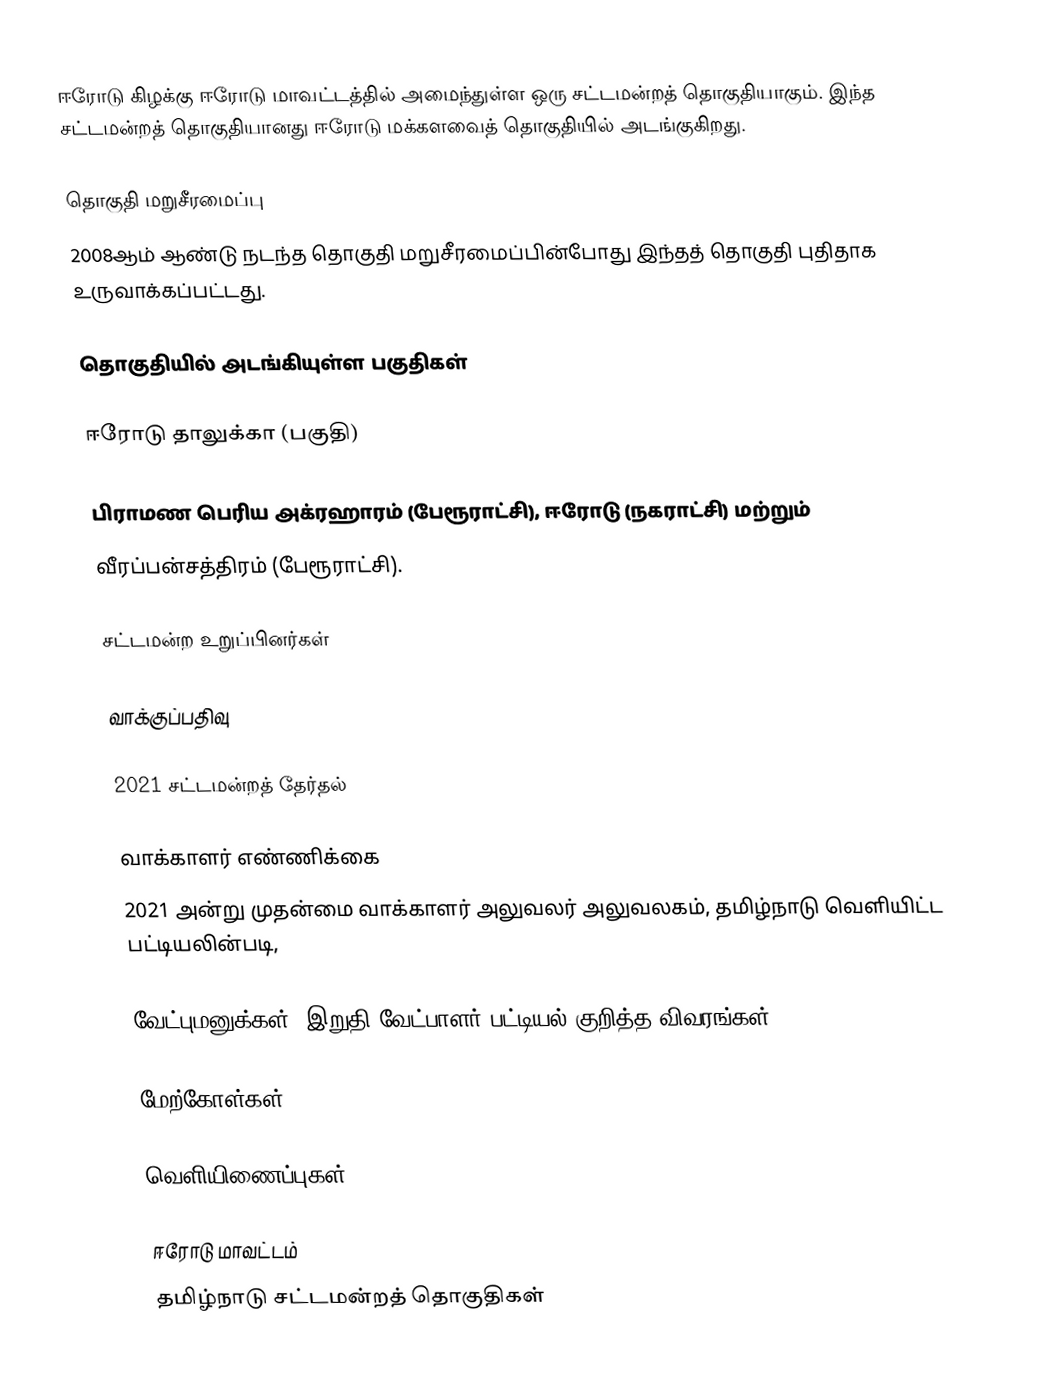
ஈரோடு கிழக்கு  ஈரோடு மாவட்டத்தில் அமைந்துள்ள ஒரு சட்டமன்றத் தொகுதியாகும். இந்த சட்டமன்றத் தொகுதியானது ஈரோடு மக்களவைத் தொகுதியில் அடங்குகிறது.

தொகுதி மறுசீரமைப்பு
2008ஆம் ஆண்டு நடந்த தொகுதி மறுசீரமைப்பின்போது இந்தத் தொகுதி புதிதாக உருவாக்கப்பட்டது.

தொகுதியில் அடங்கியுள்ள பகுதிகள்

ஈரோடு தாலுக்கா (பகுதி)

பிராமண பெரிய அக்ரஹாரம் (பேரூராட்சி), ஈரோடு (நகராட்சி)  மற்றும்
வீரப்பன்சத்திரம் (பேரூராட்சி).

சட்டமன்ற உறுப்பினர்கள்

வாக்குப்பதிவு

2021 சட்டமன்றத் தேர்தல்

வாக்காளர் எண்ணிக்கை
2021 அன்று முதன்மை வாக்காளர் அலுவலர் அலுவலகம், தமிழ்நாடு வெளியிட்ட பட்டியலின்படி,

வேட்புமனுக்கள், இறுதி வேட்பாளர் பட்டியல் குறித்த விவரங்கள்

மேற்கோள்கள்

வெளியிணைப்புகள்

ஈரோடு மாவட்டம்
தமிழ்நாடு சட்டமன்றத் தொகுதிகள்